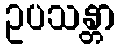
ဥပသန္တာ